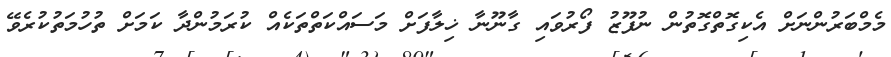
މެމްބަރުންނަށް އެކިގޮތްގޮތުން ނުފޫޒު ފޯރުވައި ގާނޫނާ ޚިލާފަށް މަސައްކަތްތަކެއް ކުރަމުންދާ ކަމަށް ތުހުމަތުކުރެވޭ